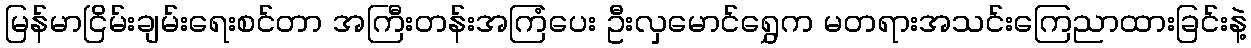
မြန်မာငြိမ်းချမ်းရေးစင်တာ အကြီးတန်းအကြံပေး ဦးလှမောင်ရွှေက မတရားအသင်းကြေညာထားခြင်းနဲ့